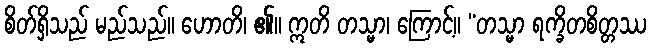
စိတ်ရှိသည် မည်သည်။ ဟောတိ၊ ၏။ ဣတိ တသ္မာ၊ ကြောင့်။ “တသ္မာ ရက္ခိတစိတ္တဿ